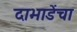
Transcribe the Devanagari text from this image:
दाभाडेंचा